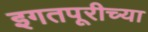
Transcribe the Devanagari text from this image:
इगतपूरीच्या